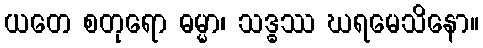
ယတေ စတုရော ဓမ္မာ၊ သဒ္ဓဿ ဃရမေသိနော။